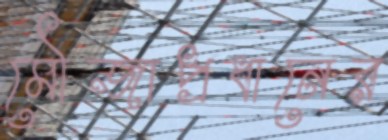
মৌজাপ্রধানের